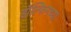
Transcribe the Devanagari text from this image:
डॉल्फिनच्या